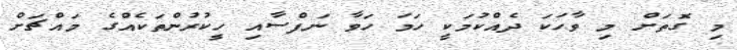
މި ގޮތަށް މި ވާހަކަ ދެއްކުމަކީ ހަމަ ހަވާ ނަފްސާއި ހީކުރުންތަކެއްގެ މައްޗަށް